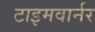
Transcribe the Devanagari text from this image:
टाइमवार्नर